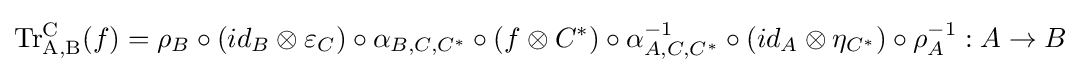
\mathrm {Tr_{A,B}^{C}} (f)=\rho _{B}\circ (id_{B}\otimes \varepsilon _{C})\circ \alpha _{B,C,C^{*}}\circ (f\otimes C^{*})\circ \alpha _{A,C,C^{*}}^{-1}\circ (id_{A}\otimes \eta _{C^{*}})\circ \rho _{A}^{-1}:A\to B